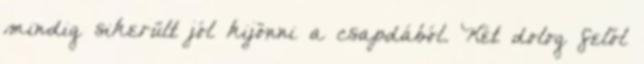
mindig sikerült jól kijönni a csapdából. Két dolog felől